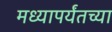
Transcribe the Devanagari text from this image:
मध्यापर्यंतच्या